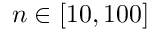
n \in [ 1 0 , 1 0 0 ]